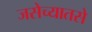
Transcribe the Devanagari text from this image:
जसेच्यातसे